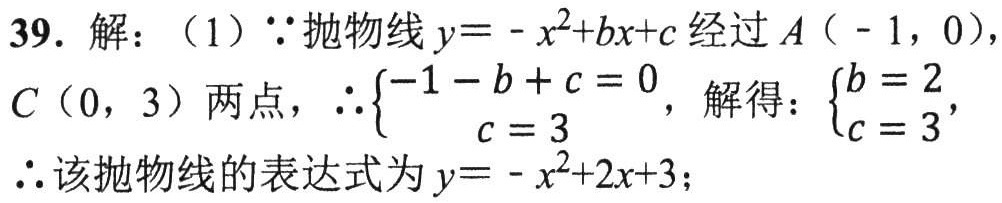
39. 解：（1）$\because$抛物线$y=-x^{2}+bx + c$经过$A(-1,0)$，
$C(0,3)$两点，$\therefore\begin{cases}-1 - b + c = 0\\c = 3\end{cases}$，解得：$\begin{cases}b = 2\\c = 3\end{cases}$，
$\therefore$该抛物线的表达式为$y=-x^{2}+2x + 3$；